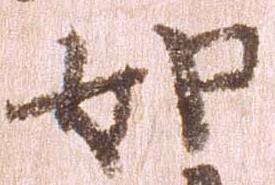
如